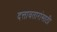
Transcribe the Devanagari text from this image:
दत्तावतारांसाठी